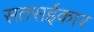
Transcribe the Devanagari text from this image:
सतसईकार